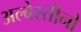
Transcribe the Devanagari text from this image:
अल्बेरतीनो